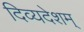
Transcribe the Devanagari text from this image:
दिव्यदेशम्